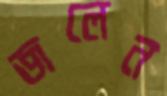
জলেন